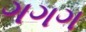
ગગગ